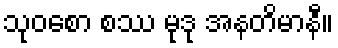
သုဝစော စဿ မုဒု အနတိမာနီ။